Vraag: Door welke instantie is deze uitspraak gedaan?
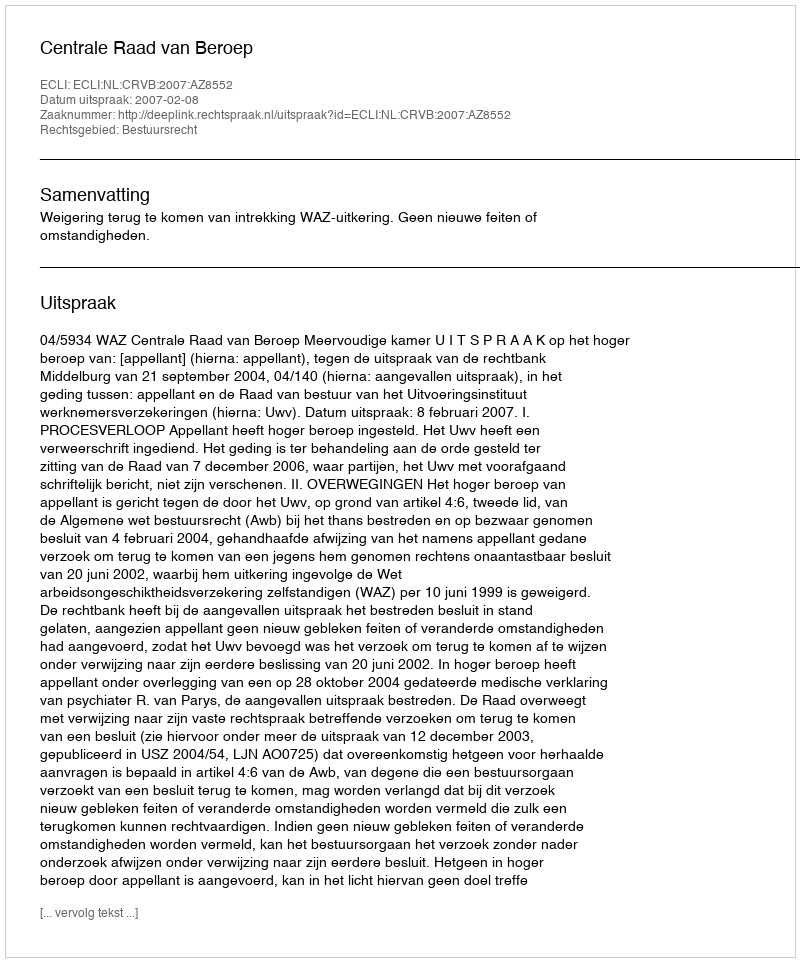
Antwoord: Centrale Raad van Beroep